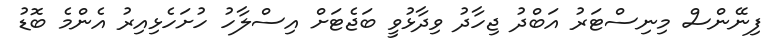
ފިނޭންސް މިނިސްޓަރު އަބްދު ޖިހާދު ވިދާޅުވީ ބަޖެޓަށް އިސްލާހު ހުށަހެޅިއިރު އެންމެ ބޮޑު